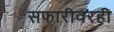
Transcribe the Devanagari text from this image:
सफारीवरही